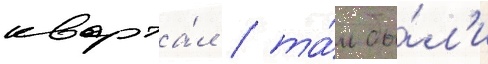
кварта́л / та́м бы́л'и